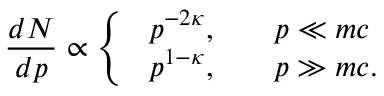
\frac { d N } { d p } \propto \Bigg \{ \begin{array} { l l } { \ p ^ { - 2 \kappa } , } & { \ \ \ p \ll m c } \\ { \ p ^ { 1 - \kappa } , } & { \ \ \ p \gg m c . } \end{array}